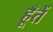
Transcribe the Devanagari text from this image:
हूँतें